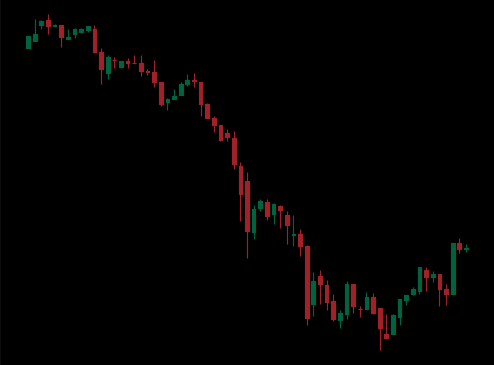
Pattern: bull_flag